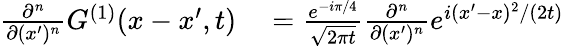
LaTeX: \begin{array}{rl}{\frac{\partial^{n}}{\partial(x^{\prime})^{n}}G^{(1)}(x-x^{\prime},t)}&{{}=\frac{e^{-i\pi/4}}{\sqrt{2\pi t}}\frac{\partial^{n}}{\partial(x^{\prime})^{n}}e^{i(x^{\prime}-x)^{2}/(2t)}}\end{array}